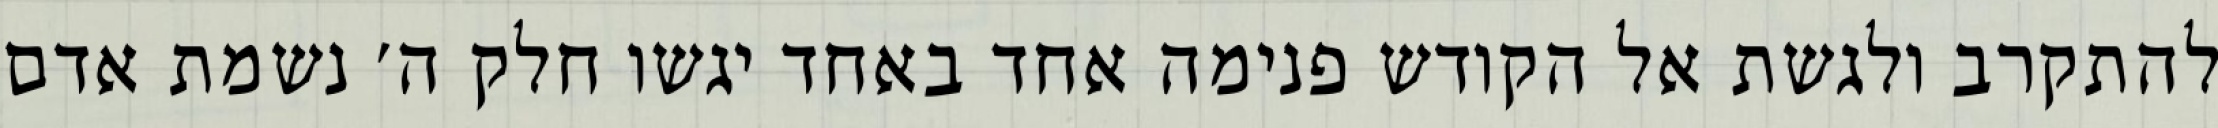
להתקרב ולגשת אל הקודש פנימה אחד באחד יגשו חלק ה׳ נשמת אדם